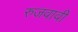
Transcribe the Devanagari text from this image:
रुजवावी